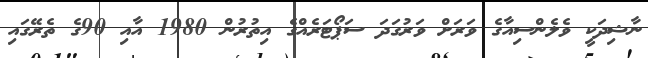
ނާޝިދަކީ ވެލެންސިއާގެ ވަރަށް ވަރުގަދަ ސަޕޯޓަރެއްގެ އިތުރުން 1980 އާއި 90ގެ ތެރޭގައި